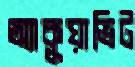
অ্যাকুয়াভিট